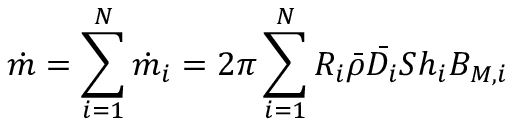
\dot { m } = \sum _ { i = 1 } ^ { N } \dot { m } _ { i } = 2 \pi \sum _ { i = 1 } ^ { N } R _ { i } \Bar { \rho } \bar { D _ { i } } S h _ { i } B _ { M , i }